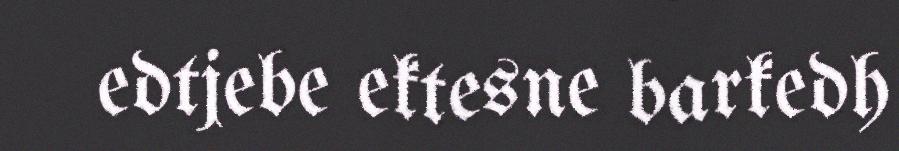
edtjebe ektesne barkedh